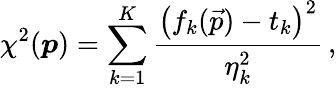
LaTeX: \chi^{2}(\boldsymbol{p})=\sum_{k=1}^{K}\frac{\left(f_{k}(\vec{p})-t_{k}\right)^{2}}{\eta_{k}^{2}}\, ,